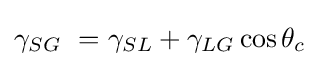
\gamma _{SG}\ =\gamma _{SL}+\gamma _{LG}\cos {\theta _{c}}